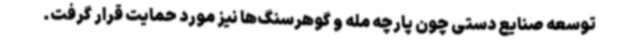
توسعه صنایع دستی چون پارچه مله و گوهرسنگ‌ها نیز مورد حمایت قرار گرفت.